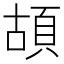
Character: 𩑶